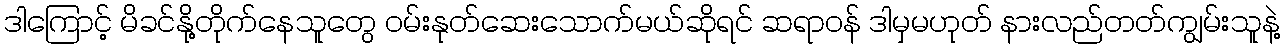
ဒါကြောင့် မိခင်နို့တိုက်နေသူတွေ ဝမ်းနုတ်ဆေးသောက်မယ်ဆိုရင် ဆရာဝန် ဒါမှမဟုတ် နားလည်တတ်ကျွမ်းသူနဲ့